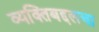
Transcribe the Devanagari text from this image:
व्यक्तिबद्दलचा